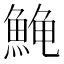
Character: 𱆰